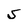
Character: S